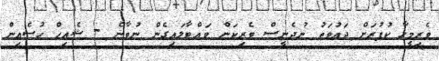
ވެރިމީހާ ކުފުރަށް ދައުވަތު ނުދެނީސް ވެރިކަން ވައްޓާލައިގެން ނުވާނެ - ޝެއިހް ހުސެއިން